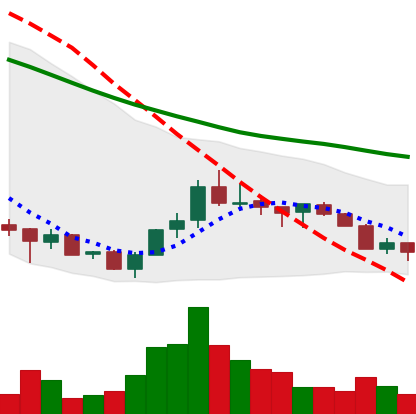
Ticker: ADA-USD
Chart end date: 2018-07-12
Forward return: 34.348%
Label: up_7plus